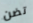
تضن